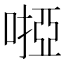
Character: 𠻺